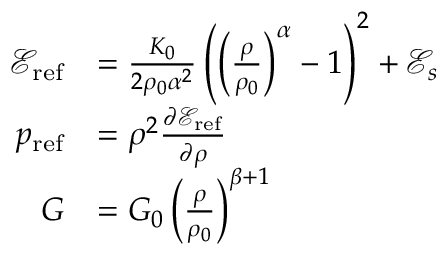
\begin{array} { r l } { \mathscr { E } _ { \mathrm { r e f } } } & { = \frac { K _ { 0 } } { 2 \rho _ { 0 } \alpha ^ { 2 } } \left( \left( \frac { \rho } { \rho _ { 0 } } \right) ^ { \alpha } - 1 \right) ^ { 2 } + \mathscr { E } _ { s } } \\ { p _ { \mathrm { r e f } } } & { = \rho ^ { 2 } \frac { \partial \mathscr { E } _ { \mathrm { r e f } } } { \partial \rho } } \\ { G } & { = G _ { 0 } \left( \frac { \rho } { \rho _ { 0 } } \right) ^ { \beta + 1 } } \end{array}